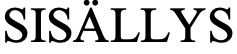
SISÄLLYS